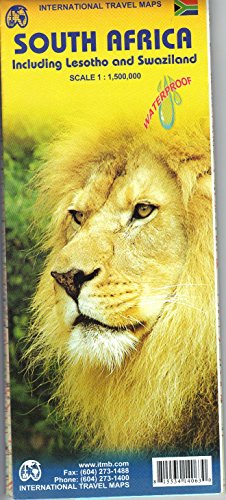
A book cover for South Africa (including Lesotho and Swaziland) 1:1.5M Travel Map (International Travel Maps); Travel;